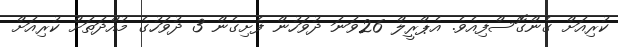
ކުރިއަށް ގެންގޮސްފިއެވެ. އެޕްރީލް 26ވަނަ ދުވަހުން ފެށިގެން 3 ދުވަހުގެ މުއްދަތަށް ކުރިއަށް